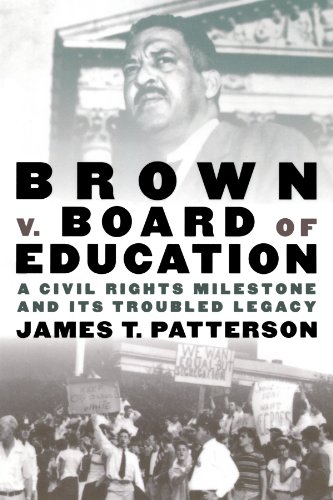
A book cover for Brown v. Board of Education: A Civil Rights Milestone and Its Troubled Legacy (Pivotal Moments in American History); James T. Patterson; Law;